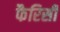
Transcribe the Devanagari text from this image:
फैरिसी